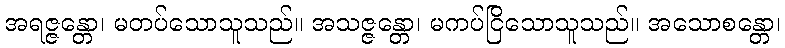
အရဇ္ဇန္တော၊ မတပ်သောသူသည်။ အသဇ္ဇန္တော၊ မကပ်ငြိသောသူသည်။ အသောစန္တော၊